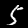
Label: 5